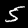
Label: 5